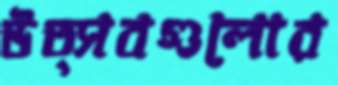
উত্সবগুলোর